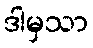
ဒါမှသာ